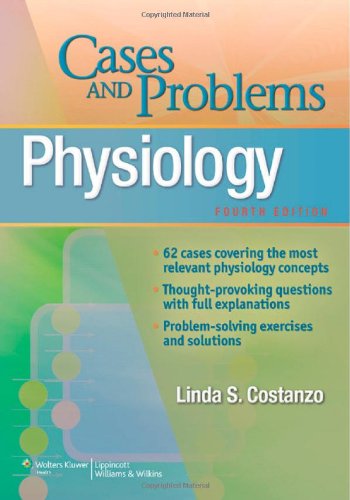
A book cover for Physiology Cases and Problems (Board Review Series); Linda Costanzo; Medical Books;